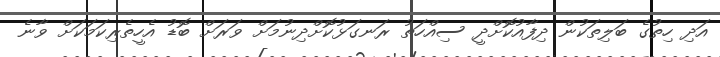
އަދި ހިތުގެ ބަލިތަކުން ދިފާއުކޮށްދީ ސިއްހަތު ރަނގަޅުކޮށްދިނުމަށް ވަރަށް ބޮޑު އެހީތެރިކަމަކަށް ވާނެ